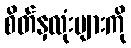
စိတ်နှလုံးများကို